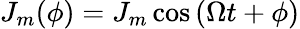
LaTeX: J_{m}(\phi)=J_{m}\cos{(\Omega t+\phi)}